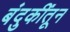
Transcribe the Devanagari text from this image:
बंदुकींतून